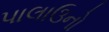
પાલાઉનો